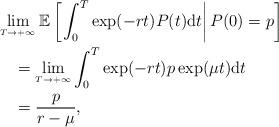
LaTeX: \begin{align*}&\lim\limits_{{}^{T\rightarrow+\infty}}\mathbb{E}\left[\left.\int_{0}^{T}\exp(-r t)P(t)\mathrm{d}t\right|P(0)=p\right]\\&\quad=\lim\limits_{{}^{T\rightarrow+\infty}}\int_0^{T}\exp(-rt)p\exp(\mu t)\mathrm{d}t\\&\quad=\frac{p}{r-\mu},\end{align*}